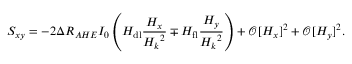
S _ { x y } = - 2 \Delta R _ { A H E } I _ { 0 } \left( H _ { \mathrm { d l } } \frac { H _ { x } } { { H _ { k } } ^ { 2 } } \mp H _ { \mathrm { f l } } \frac { H _ { y } } { { H _ { k } } ^ { 2 } } \right) + \mathcal { O } [ H _ { x } ] ^ { 2 } + \mathcal { O } [ H _ { y } ] ^ { 2 } .